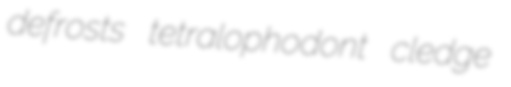
defrosts tetralophodont cledge